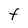
Character: F